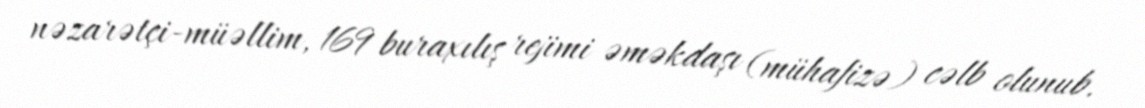
nəzarətçi-müəllim, 169 buraxılış rejimi əməkdaşı (mühafizə) cəlb olunub.